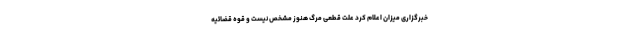
خبرگزاری میزان اعلام کرد علت قطعی مرگ هنوز مشخص نیست و قوه قضائیه